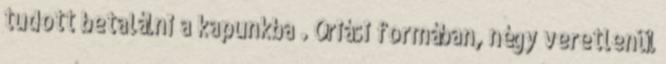
tudott betalálni a kapunkba . Óriási formában, négy veretlenül